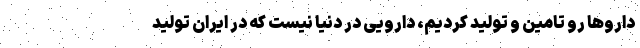
داروها رو تامین و تولید کردیم، دارویی در دنیا نیست که در ایران تولید